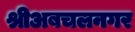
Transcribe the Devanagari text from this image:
श्रीअबचलनगर